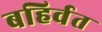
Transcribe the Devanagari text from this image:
बहिर्वत